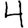
Digit: 4